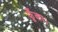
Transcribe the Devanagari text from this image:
फूँका।